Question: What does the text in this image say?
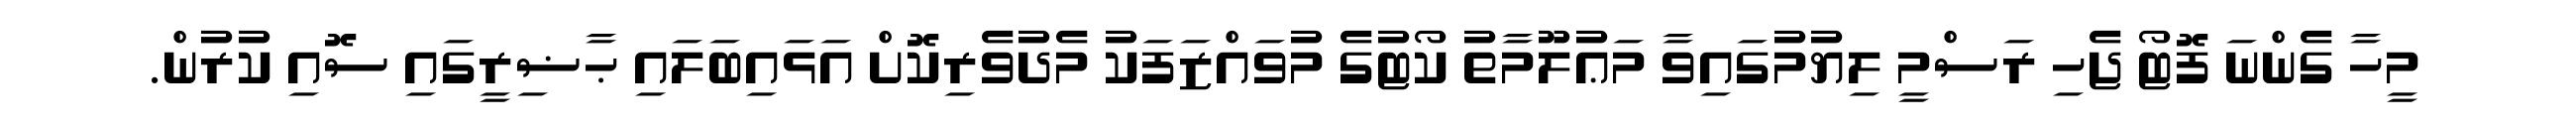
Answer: މީހާ ގެންނަ ފޮޓޯ ޖެހި ރަސްމީ ލިޔުމުގައިވާ މަޢުލޫމާތު ކޯޓުގެ މުވައްޒަފަކު މެދުވެރިކޮށް އަޅައިބަލައި ޙާޟިރީގައި ސޮއި ކުރުން.